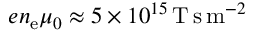
e n _ { \mathrm { e } } \mu _ { 0 } \approx 5 \times 1 0 ^ { 1 5 } \, \mathrm { T } \, \mathrm { s } \, \mathrm { m } ^ { - 2 }